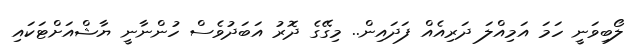
ލޯބިވަނީ ހަމަ އަމިއްލަ ދަރިއެއް ފަދައިން.. މިގޭގެ ދޮރު އަބަދުވެސް ހުންނާނީ ޔާޝްއަށްޓަކައި